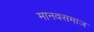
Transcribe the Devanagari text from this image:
मानवसमाज